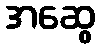
အဆွေ